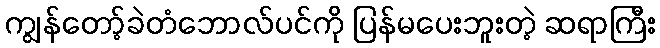
ကျွန်တော့်ခဲတံဘောလ်ပင်ကို ပြန်မပေးဘူးတဲ့ ဆရာကြီး